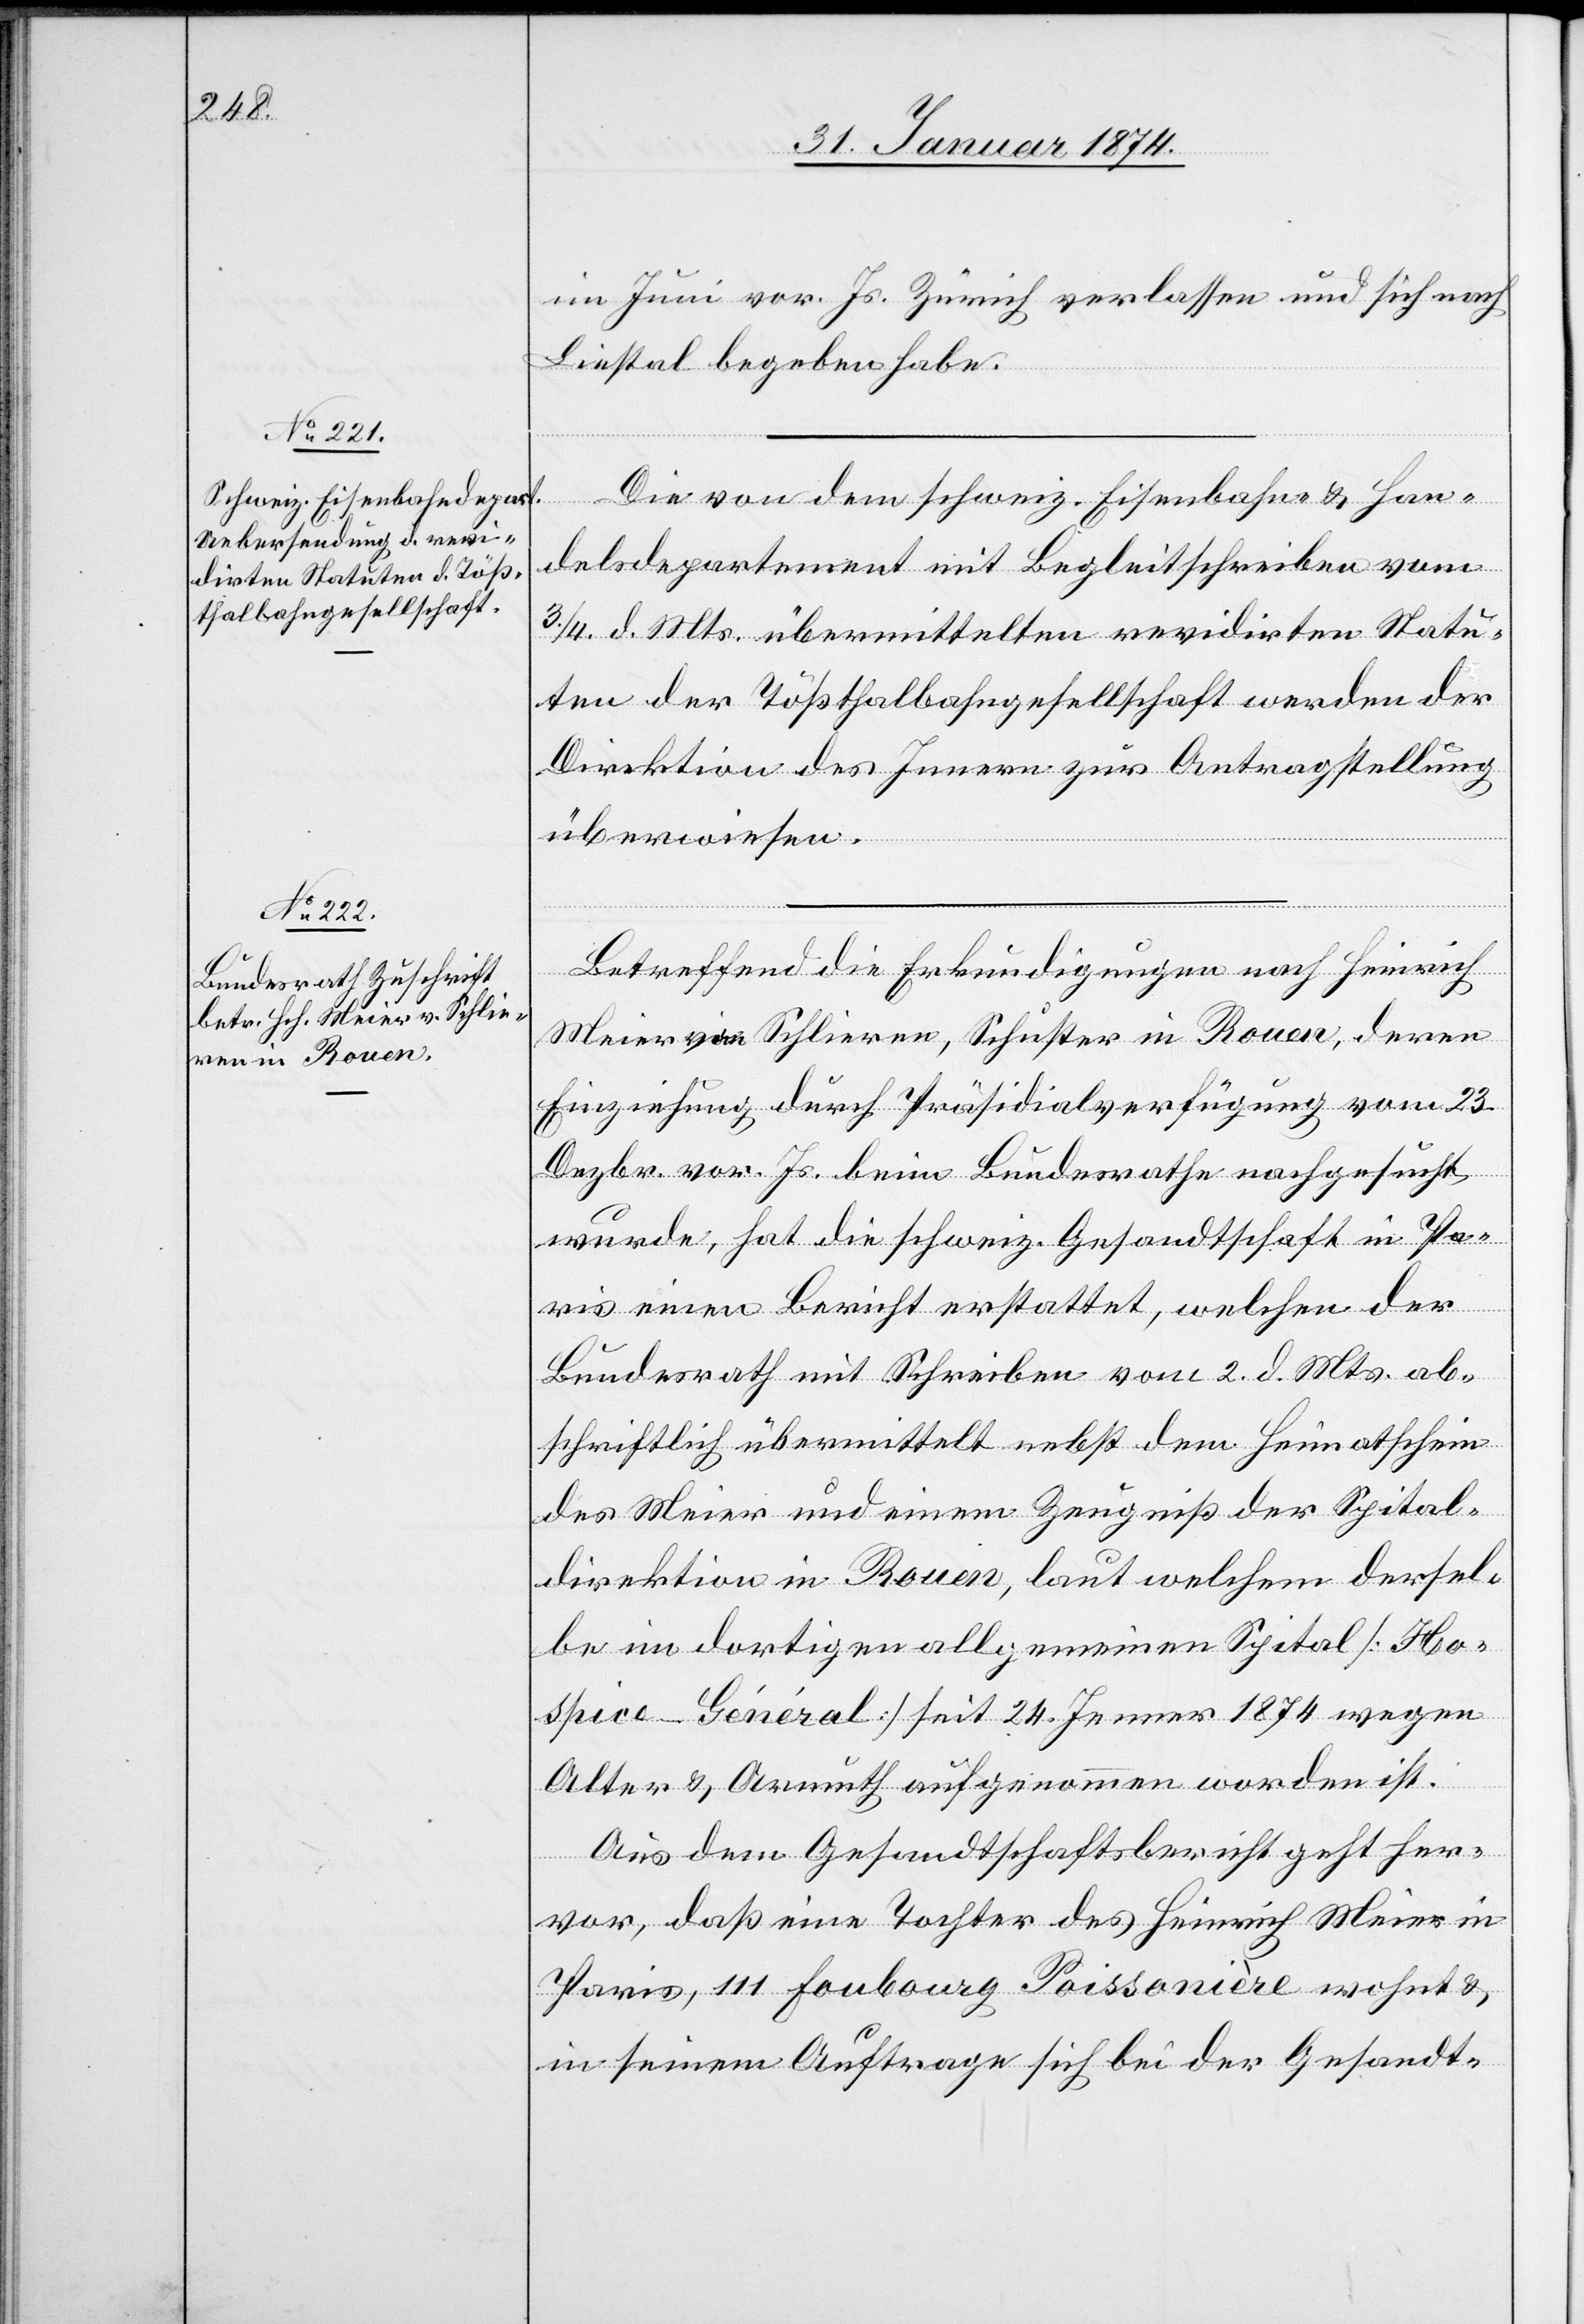
im Juni vor. Js. Zürich verlassen und sich nach
Liestal begeben habe.
Die von dem schweiz. Eisenbahn- u. Han¬
delsdepartement mit Begleitschreiben vom
3./4. d. Mts. übermittelten revidirten Statu¬
ten der Tößthalbahngesellschaft werden der
Direktion des Innern zur Antragstellung
überwiesen.
Betreffend die Erkundigungen nach Heinrich
Meier von Schlieren, Schuster in Rouen, deren
Einziehung durch Präsidialverfügung vom 23.
Dezbr. vor. Js. beim Bundesrathe nachgesucht
wurde, hat die schweiz. Gesandtschaft in Pa¬
ris einen Bericht erstattet, welchen der
Bundesrath mit Schreiben vom 2. d. Mts. ab¬
schriftlich übermittelt nebst dem Heimatschein
des Meier und einem Zeugniß der Spital¬
direktion in Rouen, laut welchen dersel¬
be im dortigen allgemeinen Spital [Ho¬
spice-Général] seit 24. Jenner 1874 wegen
Alter u. Armuth aufgenommen worden ist.
Aus dem Gesandtschaftsbericht geht her¬
vor, daß eine Tochter des Heinrich Meier in
Paris, 111 Faubourg Poissonière wohnt u.
in seinem Auftrage sich bei der Gesandt-